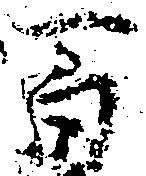
百